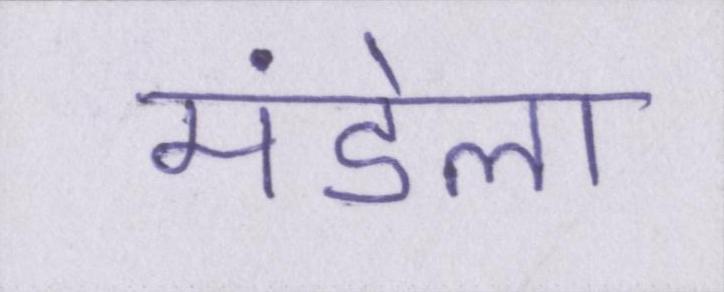
मंडेला